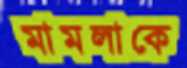
মামলাকে